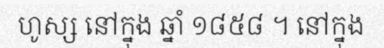
ហូស្ស នៅក្នុង ឆ្នាំ ១៨៥៨ ។ នៅក្នុង